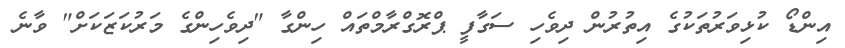
އިންޑޯ ކުޅިވަރުތަކުގެ އިތުރުން ދިވެހި ސަގާފީ ޕްރޮގްރާމްތައް ހިންގާ "ދިވެހިންގެ މަރުކަޒަކަށް" ވާނެ